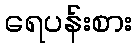
ရေပန်းစား